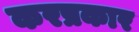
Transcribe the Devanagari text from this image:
करप्रकार